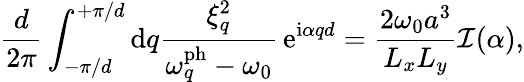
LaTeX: \frac{d}{2\pi}\int_{-\pi/d}^{+\pi/d}\mathrm{d}q\frac{\xi_{q}^{2}}{\omega_{q}^{\mathrm{ph}}-\omega_{0}}\, \mathrm{e}^{\mathrm{i}\alpha qd}=\frac{2\omega_{0}a^{3}}{L_{x}L_{y}}\mathcal{I}(\alpha),